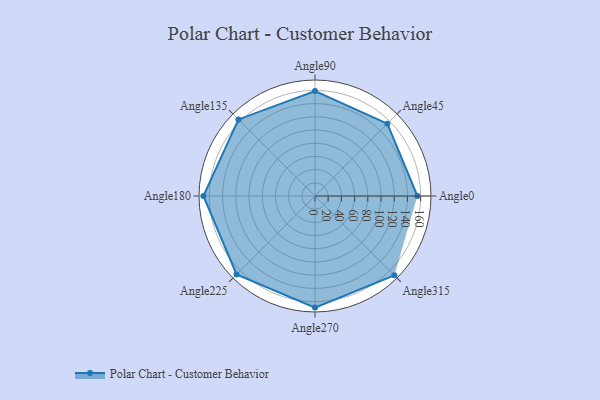
{"axis": {"x": "Angle", "y": "Radius"}, "legend": [""], "data": [{"x": "Angle0", "y": 155.0, "type": ""}, {"x": "Angle45", "y": 155.0, "type": ""}, {"x": "Angle90", "y": 159.0, "type": ""}, {"x": "Angle135", "y": 164.0, "type": ""}, {"x": "Angle180", "y": 169.0, "type": ""}, {"x": "Angle225", "y": 168.0, "type": ""}, {"x": "Angle270", "y": 169.0, "type": ""}, {"x": "Angle315", "y": 170, "type": ""}]}